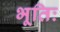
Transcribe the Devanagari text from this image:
भूतिः